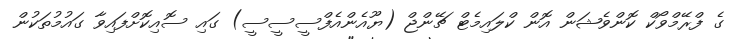
ގެ ފްރޭމްވޯކް ކޮންވެޝަން އޮން ކްލައިމެޓް ޗޭންޖް (ޔޫއެންއެފްސީސީސީ) ގައި ސޮއިކޮށްފައިވާ ގައުމުތަކުން